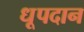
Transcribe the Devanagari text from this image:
धूपदान